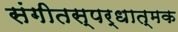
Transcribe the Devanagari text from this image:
संगीतस्पर्धात्मक